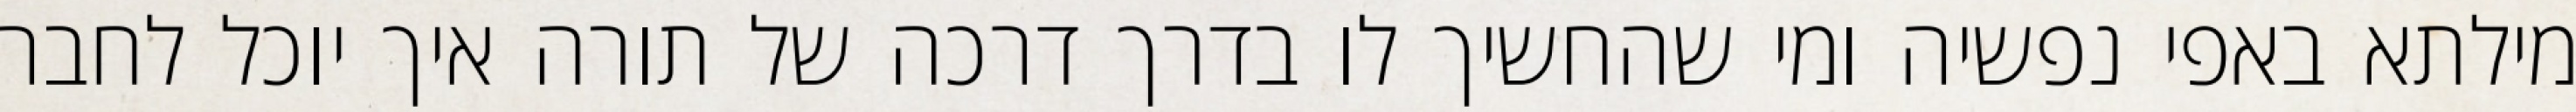
מילתא באפי נפשיה ומי שהחשיך לו בדרך דרכה של תורה איך יוכל לחבר